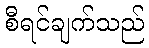
စီရင်ချက်သည်